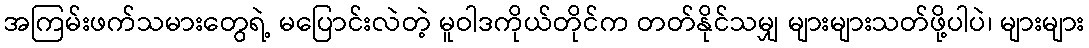
အကြမ်းဖက်သမားတွေရဲ့ မပြောင်းလဲတဲ့ မူဝါဒကိုယ်တိုင်က တတ်နိုင်သမျှ များများသတ်ဖို့ပါပဲ၊ များများ